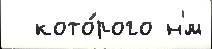
  кото́рого н'́м